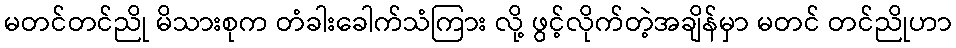
မတင်တင်ညို မိသားစုက တံခါးခေါက်သံကြား လို့ ဖွင့်လိုက်တဲ့အချိန်မှာ မတင် တင်ညိုဟာ